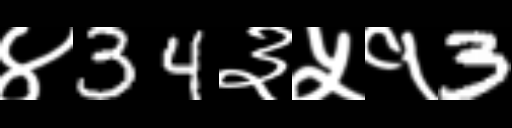
Text: ४34३५१3